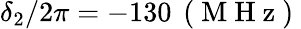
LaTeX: \delta_{2}/2\pi=-130\, \mathrm{~(~M~H~z~)~}